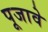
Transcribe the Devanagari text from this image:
पूजावे